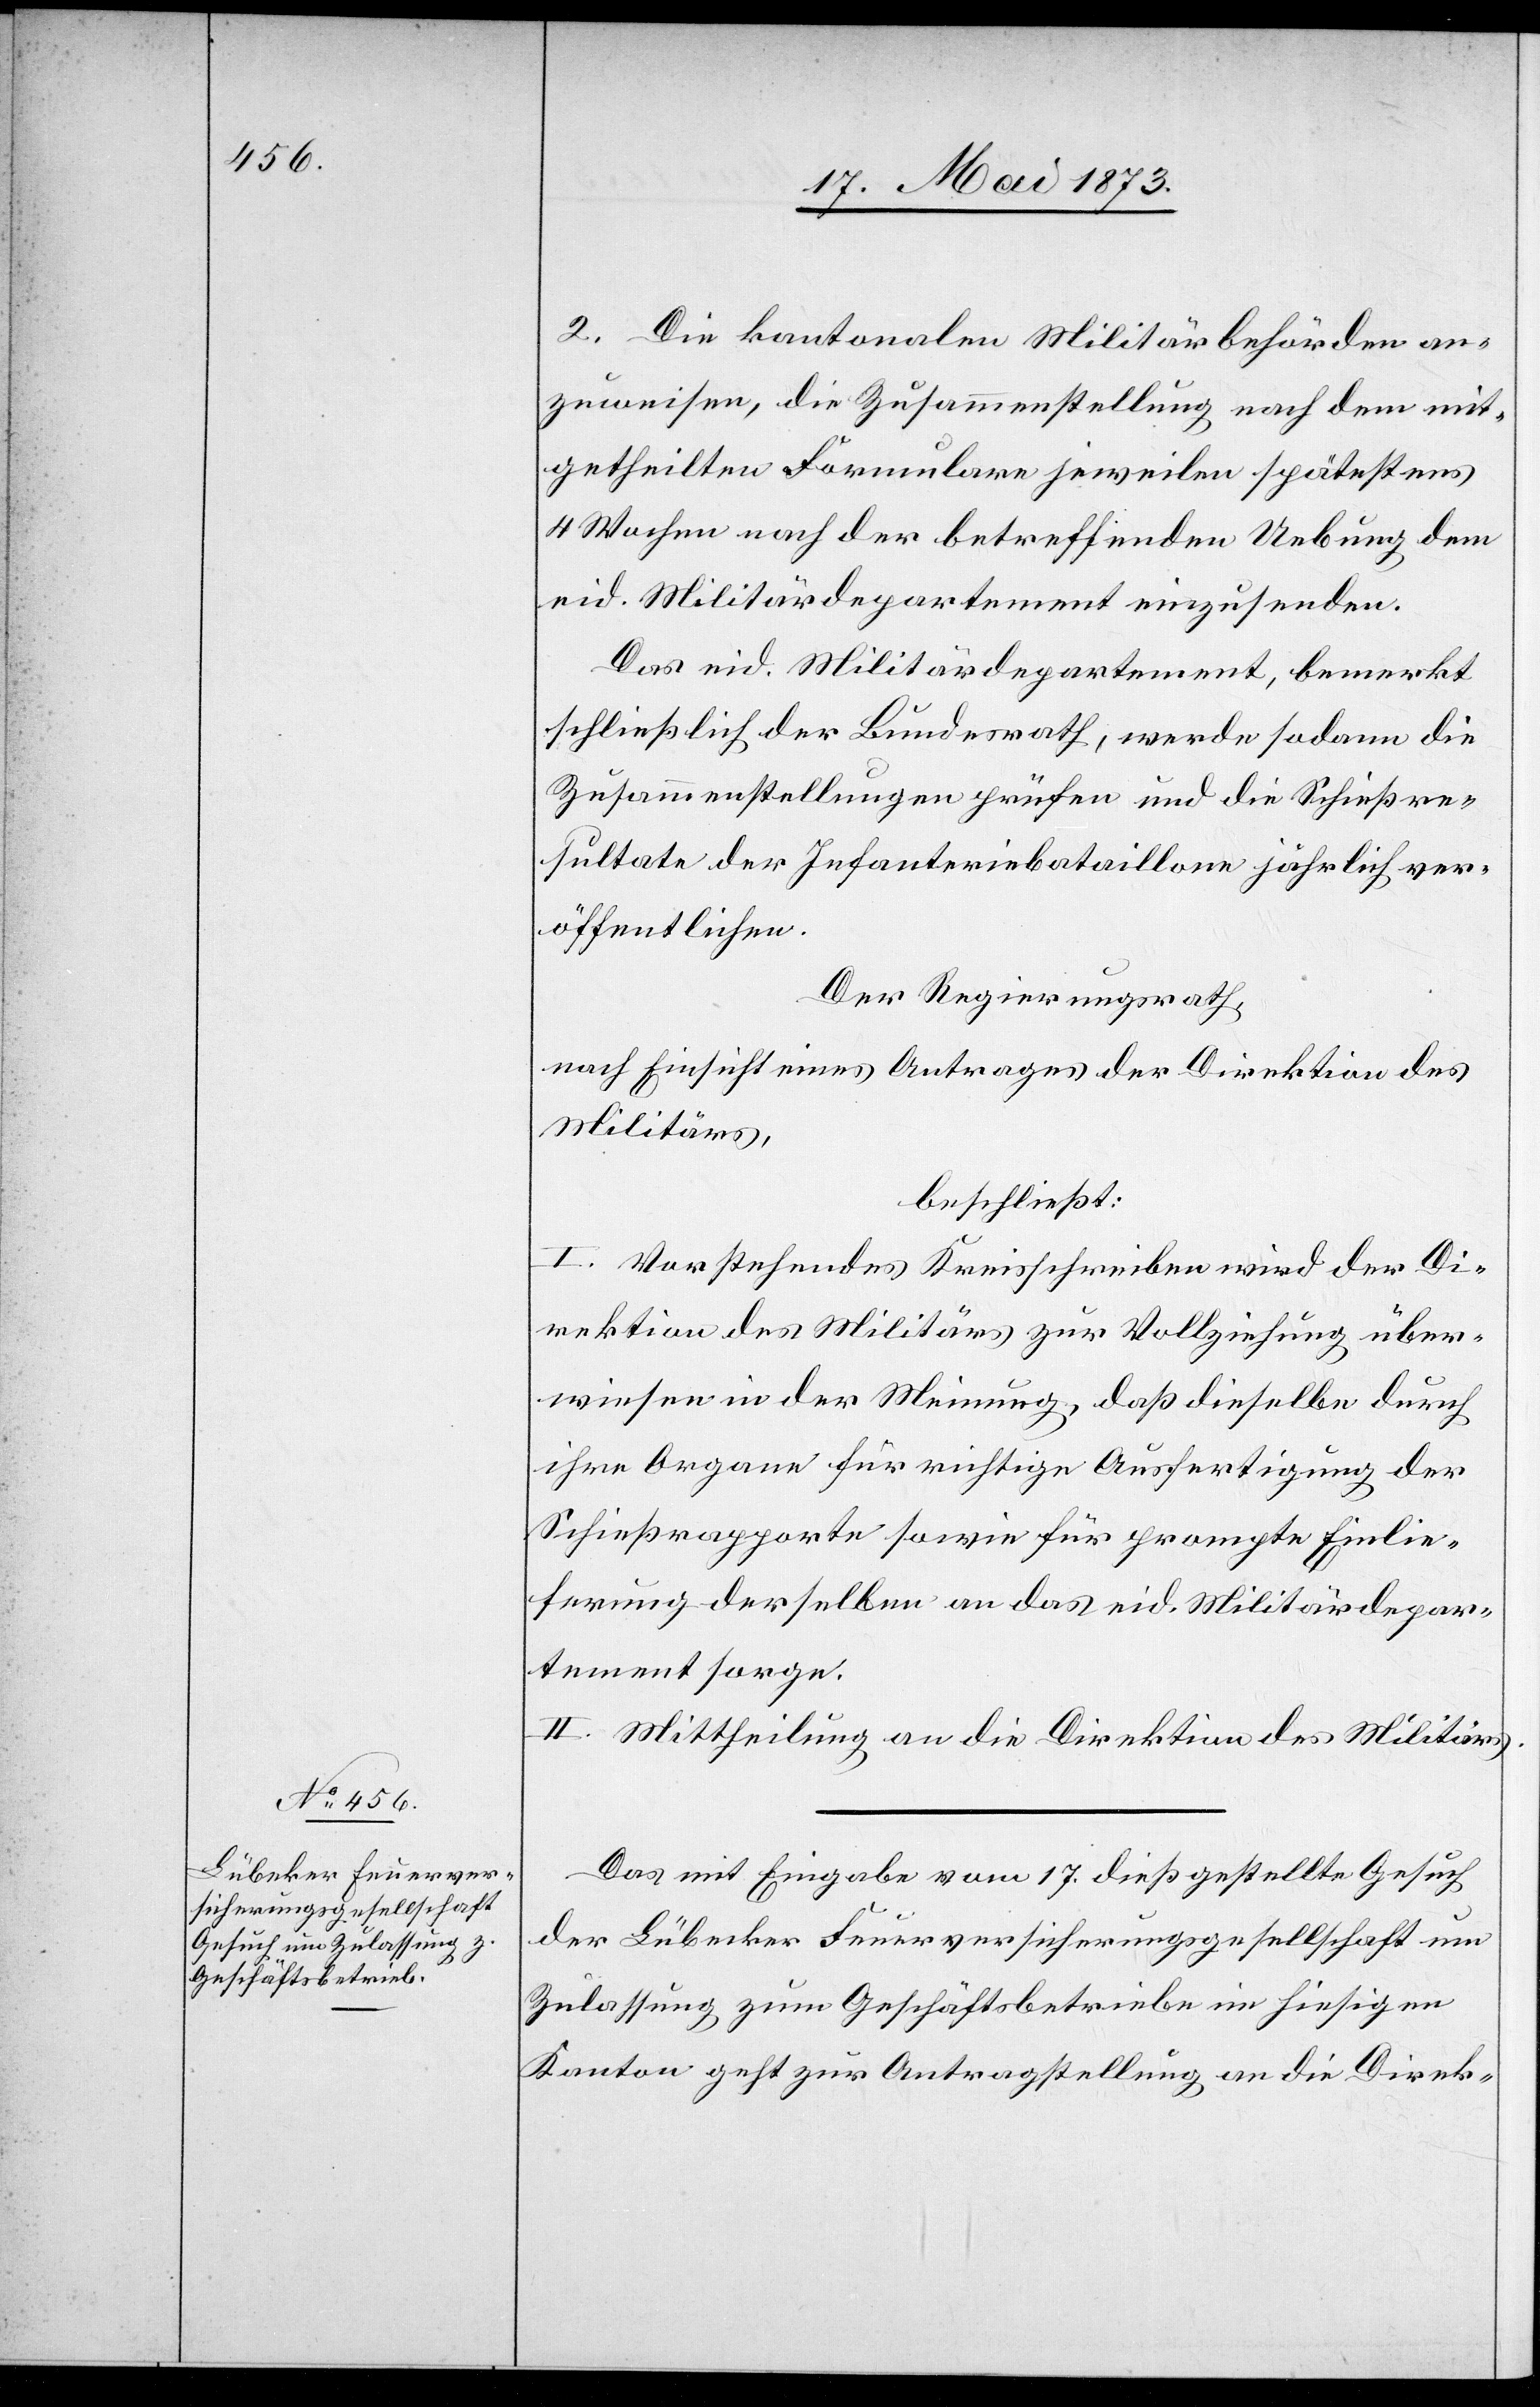
21. Mai 1873]
2. Die kantonalen Militärbehörden an¬
zuweisen, die Zusammenstellung nach dem mit¬
getheilten Formulare jeweilen spätestens
4 Wochen nach der betreffenden Uebung dem
eid. Militärdepartement einzusenden.
Das eid. Militärdepartement, bemerkt
schließlich der Bundesrath, werde sodann die
Zusammenstellungen prüfen und die Schießre¬
sultate der Infanteriebataillone jährlich ver¬
öffentlichen.
Der Regierungsrath,
nach Einsicht eines Antrages der Direktion des
Militärs,
beschließt:
I. Vorstehendes Kreisschreiben wird der Di¬
rektion des Militärs zur Vollziehung über¬
wiesen in der Meinung, daß dieselbe durch
ihre Organe für richtige Ausfertigung der
Schießrapporte sowie für prompte Einlie¬
ferung derselben an das eid. Militärdepar¬
tement sorge.
II. Mittheilung an die Direktion des Militärs.
Das mit Eingabe vom 17. dieß gestellte Gesuch
der Lübecker Feuerversicherungsgesellschaft um
Zulassung zum Geschäftsbetriebe im hiesigen
Kanton geht zur Antragstellung an die Direk-